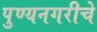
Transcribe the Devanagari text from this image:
पुण्यनगरीचे